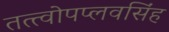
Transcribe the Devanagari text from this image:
तत्त्वोपप्लवसिंह